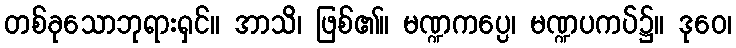
တစ်ခုသောဘုရားရှင်။ အာသိ၊ ဖြစ်၏။ မဏ္ဍကပ္ပေ၊ မဏ္ဍပကပ်၌။ ဒုဝေ၊